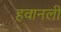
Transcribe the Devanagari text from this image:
हवानली